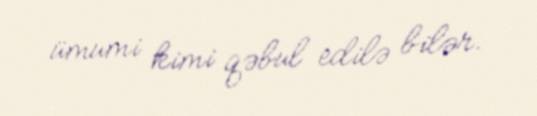
ümumi kimi qəbul edilə bilər.